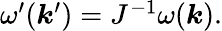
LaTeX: \begin{array}{r}{\omega^{\prime}(\boldsymbol{k}^{\prime})=J^{-1}\omega(\boldsymbol{k}).}\end{array}